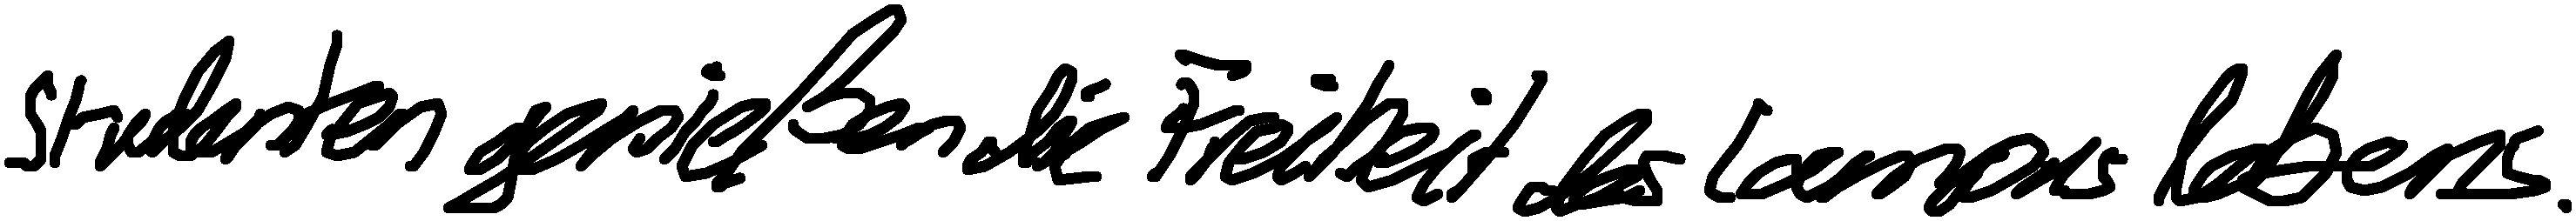
Studenten genießen die Freiheit des Campuslebens.